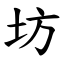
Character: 坊